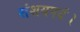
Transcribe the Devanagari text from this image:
संशयपदं।